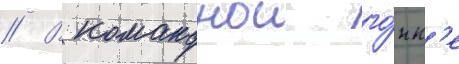
// В команднои го́нк'е